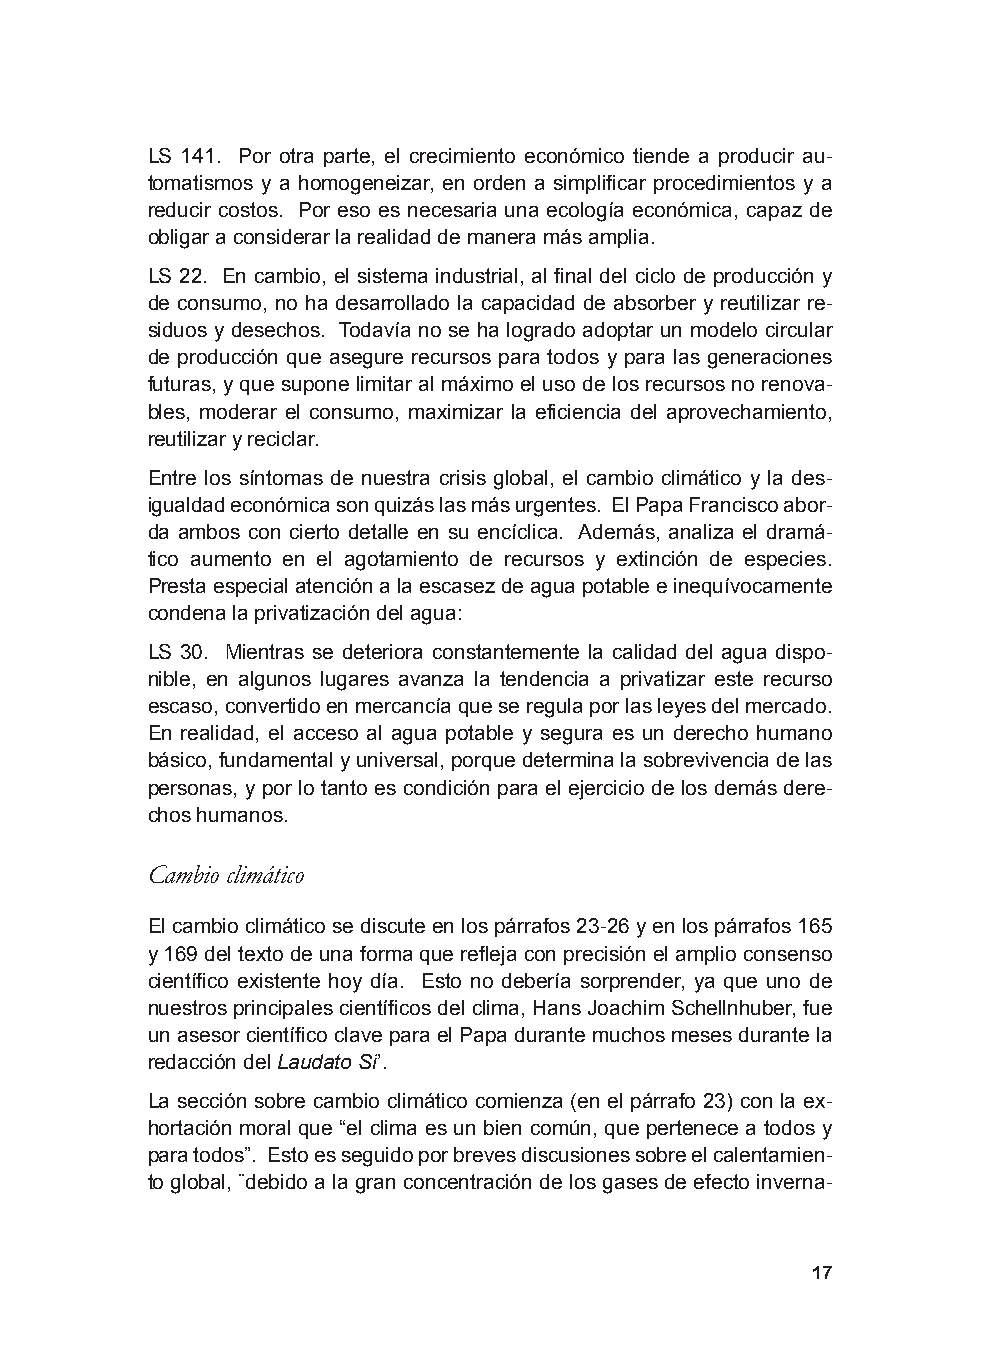
LS 141. Por otra parte, el crecimiento económico tiende a producir au-
 tomatismos y a homogeneizar, en orden a simplificar procedimientos y a
 reducir costos. Por eso es necesaria una ecología económica, capaz de
 obligar a considerar la realidad de manera más amplia.
 LS 22. En cambio, el sistema industrial, al final del ciclo de producción y
 de consumo, no ha desarrollado la capacidad de absorber y reutilizar re-
 siduos y desechos. Todavía no se ha logrado adoptar un modelo circular
 de producción que asegure recursos para todos y para las generaciones
 futuras, y que supone limitar al máximo el uso de los recursos no renova-
 bles, moderar el consumo, maximizar la eficiencia del aprovechamiento,
 reutilizar y reciclar.
 Entre los síntomas de nuestra crisis global, el cambio climático y la des-
 igualdad económica son quizás las más urgentes. El Papa Francisco abor-
 da ambos con cierto detalle en su encíclica. Además, analiza el dramá-
 tico aumento en el agotamiento de recursos y extinción de especies.
 Presta especial atención a la escasez de agua potable e inequívocamente
 condena la privatización del agua:
 LS 30. Mientras se deteriora constantemente la calidad del agua dispo-
 nible, en algunos lugares avanza la tendencia a privatizar este recurso
 escaso, convertido en mercancía que se regula por las leyes del mercado.
 En realidad, el acceso al agua potable y segura es un derecho humano
 básico, fundamental y universal, porque determina la sobrevivencia de las
 personas, y por lo tanto es condición para el ejercicio de los demás dere-
 chos humanos.
 Cambio climático
 El cambio climático se discute en los párrafos 23-26 y en los párrafos 165
 y 169 del texto de una forma que refleja con precisión el amplio consenso
 científico existente hoy día. Esto no debería sorprender, ya que uno de
 nuestros principales científicos del clima, Hans Joachim Schellnhuber, fue
 un asesor científico clave para el Papa durante muchos meses durante la
 redacción del Laudato Si’.
 La sección sobre cambio climático comienza (en el párrafo 23) con la ex-
 hortación moral que “el clima es un bien común, que pertenece a todos y
 para todos”. Esto es seguido por breves discusiones sobre el calentamien-
 to global, ¨debido a la gran concentración de los gases de efecto inverna-
 17